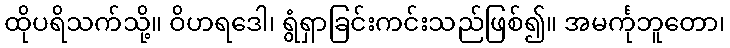
ထိုပရိသက်သို့။ ဝိဟရဒေါ၊ ရွံရှာခြင်းကင်းသည်ဖြစ်၍။ အမင်္ကုဘူတော၊